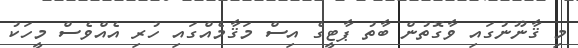
މި ޤާނޫނުގައި ވާގޮތުން ބާތު ޕާޓީގެ އިސް މަޤާމެއްގައި ހުރި އެއްވެސް މީހަކު